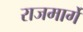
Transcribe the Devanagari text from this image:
राजमार्गे